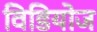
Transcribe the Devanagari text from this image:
विडियोज